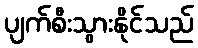
ပျက်စီးသွားနိုင်သည်